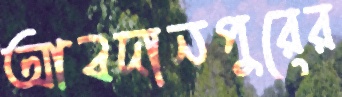
আবদানপুরের